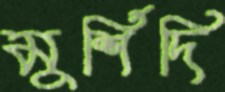
মুর্শিদি